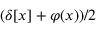
( \delta [ x ] + \varphi ( x ) ) / 2